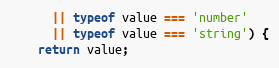
Language: JavaScript
      || typeof value === 'number'
      || typeof value === 'string') {
    return value;